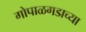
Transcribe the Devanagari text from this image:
गोपाळगडाच्या